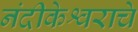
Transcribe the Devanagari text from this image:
नंदीकेश्वराचे